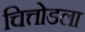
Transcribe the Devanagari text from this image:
चित्तोडला